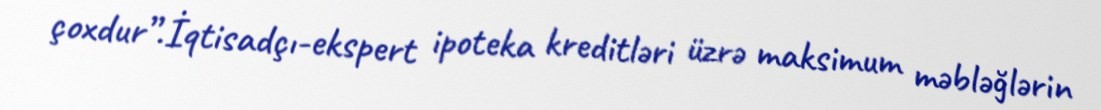
çoxdur”.İqtisadçı-ekspert ipoteka kreditləri üzrə maksimum məbləğlərin